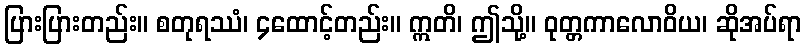
ပြားပြားတည်း။ စတုရဿံ၊ ၄ထောင့်တည်း။ ဣတိ၊ ဤသို့။ ဝုတ္တကာလောဝိယ၊ ဆိုအပ်ရာ